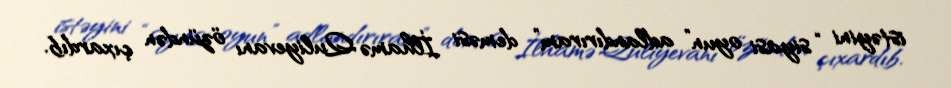
istəyini “siyasi oyun” adlandırıram” deməsi İlhamə Quliyevanı özündən çıxardıb.